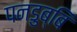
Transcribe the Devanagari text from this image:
पनडुब्बि